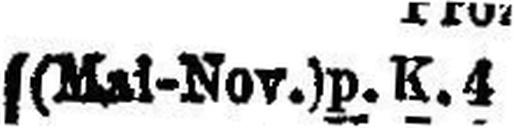
(Mai-Nov.) p. K. 4